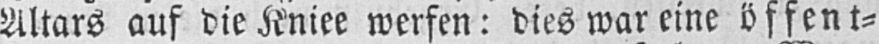
Altars auf die Kniee werfen: dies war eine öffent⸗